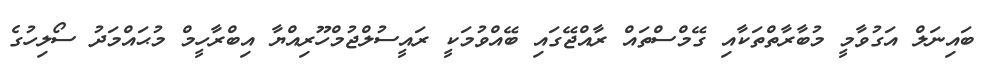
ބައިނަލް އަގުވާމީ މުބާރާތްތަކާއި ގޭމްސްތައް ރާއްޖޭގައި ބޭއްވުމަކީ ރައީސުލްޖުމްހޫރިއްޔާ އިބްރާހީމް މުޙައްމަދު ސޯލިހުގެ